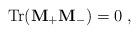
LaTeX: \begin{align*}{\rm Tr}({\bf M}_+{\bf M}_-) = 0 \ , \end{align*}